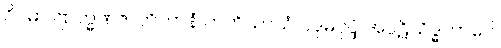
ဝိဂမာ ဗြာဟ္မဏဇာတိကာနံ တတိယာယံ ပဒုမပုပ္ဖံ အပ္ပဋိသိဒ္ဓဘာဝေါ